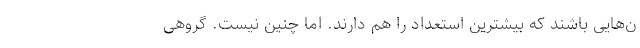
ن‌هایی باشند که بیشترین استعداد را هم دارند. اما چنین نیست. گروهی